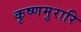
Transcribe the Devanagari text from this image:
कृष्णमुरारि